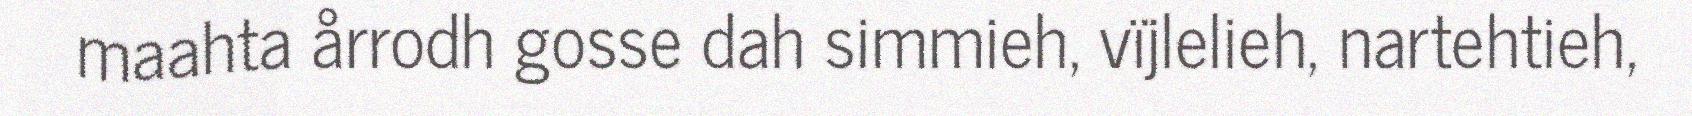
maahta årrodh gosse dah simmieh, vïjlelieh, nartehtieh,